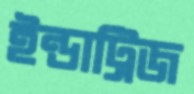
ইন্ডাট্রিজ